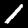
Digit: 1